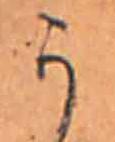
か